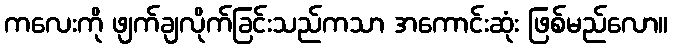
ကလေးကို ဖျက်ချလိုက်ခြင်းသည်ကသာ အကောင်းဆုံး ဖြစ်မည်လော။